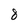
Character: 8